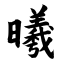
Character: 曦